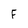
Character: F